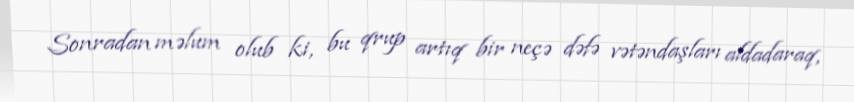
Sonradan məlum olub ki, bu qrup artıq bir neçə dəfə vətəndaşları aldadaraq,